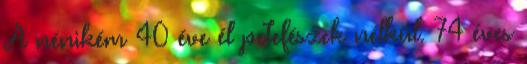
A nénikém 40 éve él petefészek nélkül. 74 éves